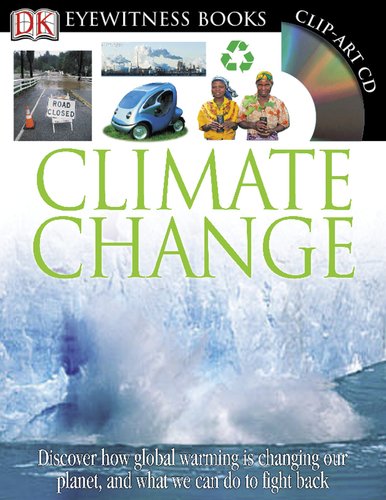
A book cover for Climate Change (DK Eyewitness Books); DK Publishing; Children's Books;